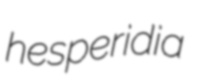
hesperidia